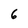
Character: 6